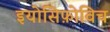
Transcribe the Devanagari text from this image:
इयोसिफ़ोविच